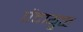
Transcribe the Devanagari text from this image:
पेंदायुक्त